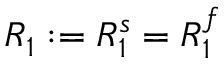
R _ { 1 } : = R _ { 1 } ^ { s } = R _ { 1 } ^ { f }